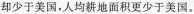
却少于美国，人均耕地面积更少于美国。